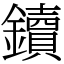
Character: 鑟